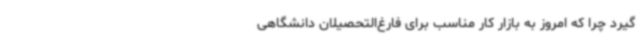
گیرد چرا که امروز به بازار کار مناسب برای فارغ‌التحصیلان دانشگاهی